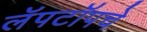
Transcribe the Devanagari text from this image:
लॅपटॉपचे